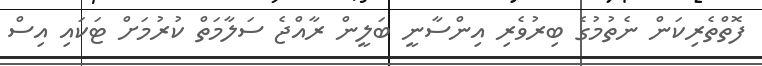
ފޮތްތެރިކަން ނެތުމުގެ ބިރުވެރި އިންސާނީ ބަލީން ރާއްޖެ ސަލާމަތް ކުރުމަށް ޓަކައި އިސް